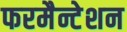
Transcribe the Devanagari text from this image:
फरमैन्टेशन